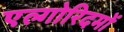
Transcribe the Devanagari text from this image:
एल्गोरिदमों